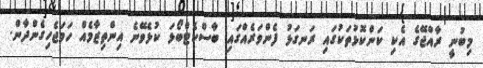
މިބުނީ ރާއްޖޭގެ އެކި ކަންކޮޅުތަކުގައި ރަނގަޅު ފެންވަރެއްގައި ބާސްކެޓްބޯޅަ ކުޅެވޭނެ އިންތިޒާމެއް ހަމަޖެހިގެންދާން.